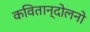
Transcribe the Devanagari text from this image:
कवितान्दोलनो